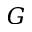
G